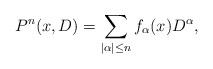
LaTeX: \begin{align*}P^{n}(x,D)=\sum_{|\alpha|\leq n}f_{\alpha}(x)D^{\alpha},\end{align*}